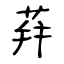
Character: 荓